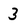
Character: 3